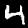
Label: 4